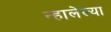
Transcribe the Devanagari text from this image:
न्हालेल्या